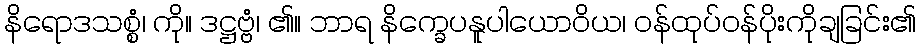
နိရောဒသစ္စံ၊ ကို။ ဒဋ္ဌဗ္ဗံ၊ ၏။ ဘာရ နိက္ခေပနူပါယောဝိယ၊ ဝန်ထုပ်ဝန်ပိုးကိုချခြင်း၏